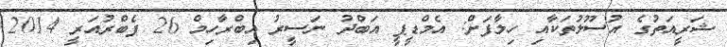
ޝަރީއަތުގެ އުސޫލުތަކާއި ހިލާފަށް: އެމްޑީޕީ އަބްދު ނަސީރު އިބްރާހިމް 26 ފެބްރުއަރީ 2014